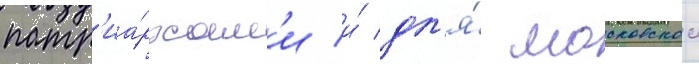
патр'иа́рхам'и и́ дл'я́ московскои